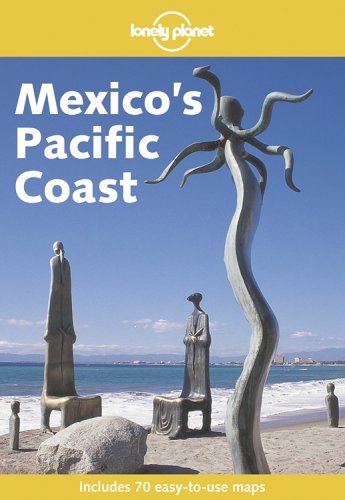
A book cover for Lonely Planet: Mexico's Pacific Coast; Danny Palmerlee; Travel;